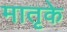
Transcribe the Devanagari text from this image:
मातृके